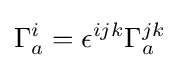
\Gamma _{a}^{i}=\epsilon ^{ijk}\Gamma _{a}^{jk}